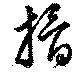
搰